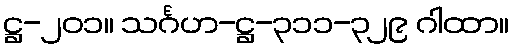
ဋ္ဌ-၂၀၁။ သင်္ဂဟ-ဋ္ဌ-၃၁၁-၃၂၉ ဂါထာ။